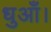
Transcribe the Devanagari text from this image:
धुआँ।